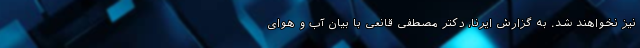
نیز نخواهند شد. به گزارش ایرنا، دکتر مصطفی قانعی با بیان آب و هوای